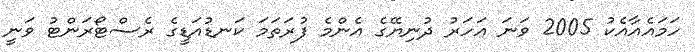
ހަމައެއާއެކު 2005 ވަނަ އަހަރު ދުނިޔޭގެ އެންމެ ފުރަތަމަ ކަނޑުއަޑީގެ ރެސްޓޯރަންޓު ވަނީ